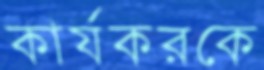
কার্যকরকে